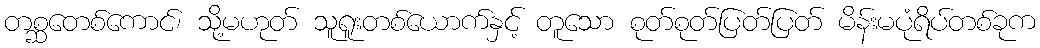
တစ္ဆတေစ်ကောင်၊ သို့မဟုတ် သူရူးတစ်ယောက်နှင့် တူသော စုတ်စုတ်ပြတ်ပြတ် မိန်းမပုံရိပ်တစ်ခုက